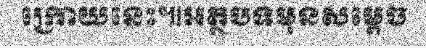
ក្រោយនេះ៕អត្ថបទមុនសម្តេច